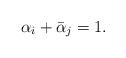
LaTeX: \begin{align*}\alpha_i+\bar{\alpha}_j=1.\end{align*}